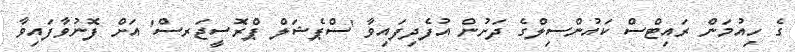
ގެ ހިއުމަން ރައިޓްސް ކައުންސިލްގެ ދަށުން އުފެދިފައިވާ 'ސްޕެޝަލް ޕްރޮސީޖަރސް' އަށް ފޮނުވާފައިވާ